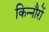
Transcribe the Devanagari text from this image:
किन्नौरों